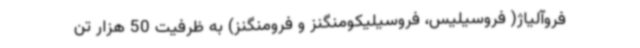
فروآلیاژ( فروسیلیس، فروسیلیکومنگنز و فرومنگنز) به ظرفیت 50 هزار تن